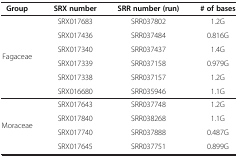
<table><thead><tr><td><b>Group</b></td><td><b>SRX number</b></td><td><b>SRR number (run)</b></td><td><b># of bases</b></td></tr></thead><tbody><tr><td rowspan="5">Fagaceae</td><td>SRX017683</td><td>SRR037802</td><td>1.2G</td></tr><tr><td>SRX017436</td><td>SRR037484</td><td>0.816G</td></tr><tr><td>SRX017340</td><td>SRR037437</td><td>1.4G</td></tr><tr><td>SRX017339</td><td>SRR037158</td><td>0.979G</td></tr><tr><td>SRX017338</td><td>SRR037157</td><td>1.2G</td></tr><tr><td> </td><td>SRX016680</td><td>SRR035946</td><td>1.1G</td></tr><tr><td rowspan="3">Moraceae</td><td>SRX017643</td><td>SRR037748</td><td>1.2G</td></tr><tr><td>SRX017840</td><td>SRR038268</td><td>1.1G</td></tr><tr><td>SRX017740</td><td>SRR037888</td><td>0.487G</td></tr><tr><td> </td><td>SRX017645</td><td>SRR037751</td><td>0.899G</td></tr></tbody></table>